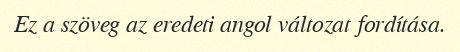
Ez a szöveg az eredeti angol változat fordítása.